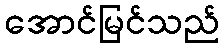
အောင်မြင်သည်